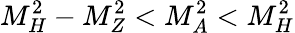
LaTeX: M_{H}^{2}-M_{Z}^{2}<M_{A}^{2}<M_{H}^{2}